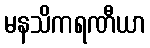
မနသိကရဏီယာ